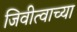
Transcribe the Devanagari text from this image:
जिवीत्वाच्या